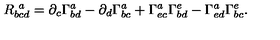
R _ { b c d } ^ { \ a } = \partial _ { c } \Gamma _ { b d } ^ { a } - \partial _ { d } \Gamma _ { b c } ^ { a } + \Gamma _ { e c } ^ { a } \Gamma _ { b d } ^ { e } - \Gamma _ { e d } ^ { a } \Gamma _ { b c } ^ { e } .